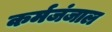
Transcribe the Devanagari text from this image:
कर्मजंजाल